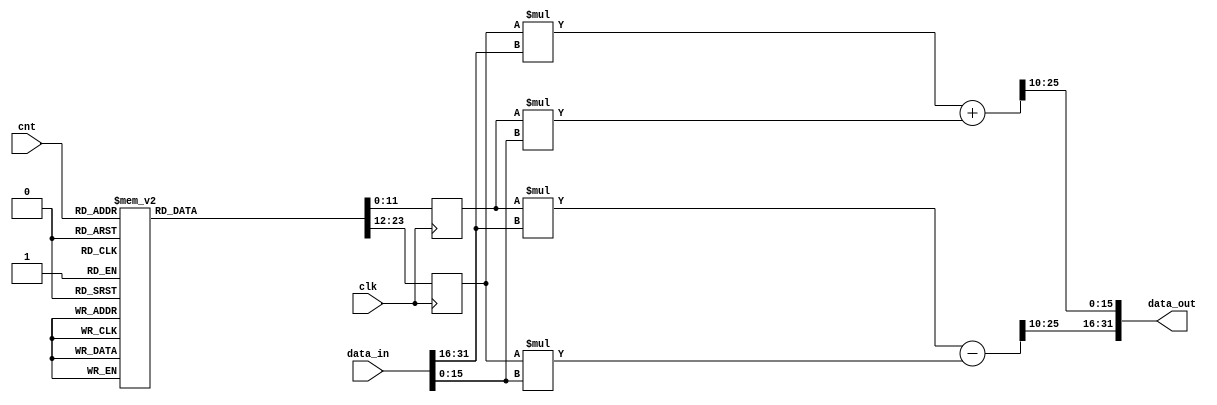
module MULT #(
    parameter BW = 32
)
(
    input clk,
    input[7:0] cnt,
    input signed[BW-1:0] data_in,//(9:4)
    output signed[BW-1:0] data_out//(9:4)
);
    parameter H= BW/2;
    wire signed [H-1:0] data_in_re;
    wire signed [H-1:0] data_in_im;
    wire signed [H-1:0] data_out_re;
    wire signed [H-1:0] data_out_im;

    assign data_in_re = $signed(data_in[BW-1:H]);
    assign data_in_im = $signed(data_in[H-1:0]);

    parameter signed W_re0=12'b010000000000;
    parameter signed W_re1=12'b001111111011;
    parameter signed W_re2=12'b001111101100;
    parameter signed W_re3=12'b001111010011;
    parameter signed W_re4=12'b001110110010;
    parameter signed W_re5=12'b001110000111;
    parameter signed W_re6=12'b001101010011;
    parameter signed W_re7=12'b001100010111;
    parameter signed W_re8=12'b001011010100;
    parameter signed W_re9=12'b001010001001;
    parameter signed W_re10=12'b001000111000;
    parameter signed W_re11=12'b000111100010;
    parameter signed W_re12=12'b000110000111;
    parameter signed W_re13=12'b000100101001;
    parameter signed W_re14=12'b000011000111;
    parameter signed W_re15=12'b000001100100;
    parameter signed W_re16=12'b000000000000;
    parameter signed W_re17=12'b111110011011;
    parameter signed W_re18=12'b111100111000;
    parameter signed W_re19=12'b111011010110;
    parameter signed W_re20=12'b111001111000;
    parameter signed W_re21=12'b111000011101;
    parameter signed W_re22=12'b110111000111;
    parameter signed W_re23=12'b110101110110;
    parameter signed W_re24=12'b110100101011;
    parameter signed W_re25=12'b110011101000;
    parameter signed W_re26=12'b110010101100;
    parameter signed W_re27=12'b110001111000;
    parameter signed W_re28=12'b110001001101;
    parameter signed W_re29=12'b110000101100;
    parameter signed W_re30=12'b110000010011;
    parameter signed W_re31=12'b110000000100;
    
    parameter signed W_im0=12'b000000000000;
    parameter signed W_im1=12'b111110011011;
    parameter signed W_im2=12'b111100111000;
    parameter signed W_im3=12'b111011010110;
    parameter signed W_im4=12'b111001111000;
    parameter signed W_im5=12'b111000011101;
    parameter signed W_im6=12'b110111000111;
    parameter signed W_im7=12'b110101110110;
    parameter signed W_im8=12'b110100101011;
    parameter signed W_im9=12'b110011101000;
    parameter signed W_im10=12'b110010101100;
    parameter signed W_im11=12'b110001111000;
    parameter signed W_im12=12'b110001001101;
    parameter signed W_im13=12'b110000101100;
    parameter signed W_im14=12'b110000010011;
    parameter signed W_im15=12'b110000000100;
    parameter signed W_im16=12'b110000000000;
    parameter signed W_im17=12'b110000000100;
    parameter signed W_im18=12'b110000010011;
    parameter signed W_im19=12'b110000101100;
    parameter signed W_im20=12'b110001001101;
    parameter signed W_im21=12'b110001111000;
    parameter signed W_im22=12'b110010101100;
    parameter signed W_im23=12'b110011101000;
    parameter signed W_im24=12'b110100101011;
    parameter signed W_im25=12'b110101110110;
    parameter signed W_im26=12'b110111000111;
    parameter signed W_im27=12'b111000011101;
    parameter signed W_im28=12'b111001111000;
    parameter signed W_im29=12'b111011010110;
    parameter signed W_im30=12'b111100111000;
    parameter signed W_im31=12'b111110011011;
    reg signed [11:0] temp_re; //[10:0]
    reg signed [11:0] temp_im; //[10:0]
    wire signed [BW+12:0] buf_re; //[23:0]
    wire signed [BW+12:0] buf_im; //[23:0]
    always @(posedge clk) begin
        case (cnt)
            8'd64 : begin                //stage1 start
                    temp_re <= W_re0;
                    temp_im <= W_im0;
                    end   
            8'd65 : begin
                    temp_re <= W_re3;
                    temp_im <= W_im3;
                    end   
            8'd66 : begin
                    temp_re <= W_re5;
                    temp_im <= W_im5;
                    end
            8'd67 : begin
                    temp_re <= W_re6;
                    temp_im <= W_im6;
                    end
            8'd68 : begin
                    temp_re <= W_re9;
                    temp_im <= W_im9;
                    end   
            8'd69 : begin
                    temp_re <= W_re10;
                    temp_im <= W_im10;
                    end   
            8'd70 : begin
                    temp_re <= W_re12;
                    temp_im <= W_im12;
                    end
            8'd71 : begin
                    temp_re <= W_re15;
                    temp_im <= W_im15;
                    end
            8'd72 : begin
                    temp_re <= W_re17;
                    temp_im <= W_im17;
                    end   
            8'd73 : begin
                    temp_re <= W_re18;
                    temp_im <= W_im18;
                    end   
            8'd74 : begin
                    temp_re <= W_re20;
                    temp_im <= W_im20;
                    end
            8'd75 : begin
                    temp_re <= W_re23;
                    temp_im <= W_im23;
                    end
            8'd76 : begin
                    temp_re <= W_re24;
                    temp_im <= W_im24;
                    end   
            8'd77 : begin
                    temp_re <= W_re27;
                    temp_im <= W_im27;
                    end   
            8'd78 : begin
                    temp_re <= W_re29;
                    temp_im <= W_im29;
                    end
            8'd79 : begin
                    temp_re <= W_re30;
                    temp_im <= W_im30;
                    end
            8'd80 : begin
                    temp_re <= W_re1;
                    temp_im <= W_im1;
                    end   
            8'd81 : begin
                    temp_re <= W_re2;
                    temp_im <= W_im2;
                    end   
            8'd82 : begin
                    temp_re <= W_re4;
                    temp_im <= W_im4;
                    end
            8'd83 : begin
                    temp_re <= W_re7;
                    temp_im <= W_im7;
                    end
            8'd84 : begin
                    temp_re <= W_re8;
                    temp_im <= W_im8;
                    end   
            8'd85 : begin
                    temp_re <= W_re11;
                    temp_im <= W_im11;
                    end   
            8'd86 : begin
                    temp_re <= W_re13;
                    temp_im <= W_im13;
                    end
            8'd87 : begin
                    temp_re <= W_re14;
                    temp_im <= W_im14;
                    end
            8'd88 : begin
                    temp_re <= W_re16;
                    temp_im <= W_im16;
                    end   
            8'd89 : begin
                    temp_re <= W_re19;
                    temp_im <= W_im19;
                    end   
            8'd90 : begin
                    temp_re <= W_re21;
                    temp_im <= W_im21;
                    end
            8'd91 : begin
                    temp_re <= W_re22;
                    temp_im <= W_im22;
                    end
            8'd92 : begin
                    temp_re <= W_re25;
                    temp_im <= W_im25;
                    end   
            8'd93 : begin
                    temp_re <= W_re26;
                    temp_im <= W_im26;
                    end   
            8'd94 : begin
                    temp_re <= W_re28;
                    temp_im <= W_im28;
                    end
            8'd95 : begin
                    temp_re <= W_re31;
                    temp_im <= W_im31;
                    end
            8'd96 : begin                //stage2 start
                    temp_re <= W_re0;
                    temp_im <= W_im0;
                    end   
            8'd97 : begin
                    temp_re <= W_re6;
                    temp_im <= W_im6;
                    end   
            8'd98 : begin
                    temp_re <= W_re10;
                    temp_im <= W_im10;
                    end
            8'd99 : begin
                    temp_re <= W_re12;
                    temp_im <= W_im12;
                    end
            8'd100 : begin
                    temp_re <= W_re18;
                    temp_im <= W_im18;
                    end   
            8'd101: begin
                    temp_re <= W_re20;
                    temp_im <= W_im20;
                    end   
            8'd102: begin
                    temp_re <= W_re24;
                    temp_im <= W_im24;
                    end
            8'd103: begin
                    temp_re <= W_re30;
                    temp_im <= W_im30;
                    end
            8'd104: begin
                    temp_re <= W_re2;
                    temp_im <= W_im2;
                    end   
            8'd105: begin
                    temp_re <= W_re4;
                    temp_im <= W_im4;
                    end   
            8'd106: begin
                    temp_re <= W_re8;
                    temp_im <= W_im8;
                    end
            8'd107: begin
                    temp_re <= W_re14;
                    temp_im <= W_im14;
                    end
            8'd108: begin
                    temp_re <= W_re16;
                    temp_im <= W_im16;
                    end   
            8'd109: begin
                    temp_re <= W_re22;
                    temp_im <= W_im22;
                    end   
            8'd110: begin
                    temp_re <= W_re26;
                    temp_im <= W_im26;
                    end
            8'd111: begin
                    temp_re <= W_re28;
                    temp_im <= W_im28;
                    end
            8'd112: begin
                    temp_re <= W_re2;
                    temp_im <= W_im2;
                    end   
            8'd113: begin
                    temp_re <= W_re4;
                    temp_im <= W_im4;
                    end   
            8'd114: begin
                    temp_re <= W_re8;
                    temp_im <= W_im8;
                    end
            8'd115: begin
                    temp_re <= W_re14;
                    temp_im <= W_im14;
                    end
            8'd116: begin
                    temp_re <= W_re16;
                    temp_im <= W_im16;
                    end   
            8'd117: begin
                    temp_re <= W_re22;
                    temp_im <= W_im22;
                    end   
            8'd118: begin
                    temp_re <= W_re26;
                    temp_im <= W_im26;
                    end
            8'd119: begin
                    temp_re <= W_re28;
                    temp_im <= W_im28;
                    end
            8'd120: begin
                    temp_re <= W_re0;
                    temp_im <= W_im0;
                    end   
            8'd121: begin
                    temp_re <= W_re6;
                    temp_im <= W_im6;
                    end   
            8'd122: begin
                    temp_re <= W_re10;
                    temp_im <= W_im10;
                    end
            8'd123: begin
                    temp_re <= W_re12;
                    temp_im <= W_im12;
                    end
            8'd124: begin
                    temp_re <= W_re18;
                    temp_im <= W_im18;
                    end   
            8'd125: begin
                    temp_re <= W_re20;
                    temp_im <= W_im20;
                    end   
            8'd126: begin
                    temp_re <= W_re24;
                    temp_im <= W_im24;
                    end
            8'd127: begin
                    temp_re <= W_re30;
                    temp_im <= W_im30;
                    end
            8'd128 : begin                //stage3 start
                    temp_re <= W_re0;
                    temp_im <= W_im0;
                    end   
            8'd129 : begin
                    temp_re <= W_re12;
                    temp_im <= W_im12;
                    end   
            8'd130 : begin
                    temp_re <= W_re20;
                    temp_im <= W_im20;
                    end
            8'd131 : begin
                    temp_re <= W_re24;
                    temp_im <= W_im24;
                    end
            8'd132 : begin
                    temp_re <= W_re4;
                    temp_im <= W_im4;
                    end   
            8'd133: begin
                    temp_re <= W_re8;
                    temp_im <= W_im8;
                    end   
            8'd134: begin
                    temp_re <= W_re16;
                    temp_im <= W_im16;
                    end
            8'd135: begin
                    temp_re <= W_re28;
                    temp_im <= W_im28;
                    end
            8'd136: begin
                    temp_re <= W_re4;
                    temp_im <= W_im4;
                    end   
            8'd137: begin
                    temp_re <= W_re8;
                    temp_im <= W_im8;
                    end   
            8'd138: begin
                    temp_re <= W_re16;
                    temp_im <= W_im16;
                    end
            8'd139: begin
                    temp_re <= W_re28;
                    temp_im <= W_im28;
                    end
            8'd140: begin
                    temp_re <= W_re0;
                    temp_im <= W_im0;
                    end   
            8'd141: begin
                    temp_re <= W_re12;
                    temp_im <= W_im12;
                    end   
            8'd142: begin
                    temp_re <= W_re20;
                    temp_im <= W_im20;
                    end
            8'd143: begin
                    temp_re <= W_re24;
                    temp_im <= W_im24;
                    end
            8'd144: begin
                    temp_re <= W_re4;
                    temp_im <= W_im4;
                    end   
            8'd145: begin
                    temp_re <= W_re8;
                    temp_im <= W_im8;
                    end   
            8'd146: begin
                    temp_re <= W_re16;
                    temp_im <= W_im16;
                    end
            8'd147: begin
                    temp_re <= W_re28;
                    temp_im <= W_im28;
                    end
            8'd148: begin
                    temp_re <= W_re0;
                    temp_im <= W_im0;
                    end   
            8'd149: begin
                    temp_re <= W_re12;
                    temp_im <= W_im12;
                    end   
            8'd150: begin
                    temp_re <= W_re20;
                    temp_im <= W_im20;
                    end
            8'd151: begin
                    temp_re <= W_re24;
                    temp_im <= W_im24;
                    end
            8'd152: begin
                    temp_re <= W_re0;
                    temp_im <= W_im0;
                    end   
            8'd153: begin
                    temp_re <= W_re12;
                    temp_im <= W_im12;
                    end   
            8'd154: begin
                    temp_re <= W_re20;
                    temp_im <= W_im20;
                    end
            8'd155: begin
                    temp_re <= W_re24;
                    temp_im <= W_im24;
                    end
            8'd156: begin
                    temp_re <= W_re4;
                    temp_im <= W_im4;
                    end   
            8'd157: begin
                    temp_re <= W_re8;
                    temp_im <= W_im8;
                    end   
            8'd158: begin
                    temp_re <= W_re16;
                    temp_im <= W_im16;
                    end
            8'd159: begin
                    temp_re <= W_re28;
                    temp_im <= W_im28;
                    end 
            8'd160 : begin                //stage4 start
                    temp_re <= W_re0;
                    temp_im <= W_im0;
                    end   
            8'd161 : begin
                    temp_re <= W_re24;
                    temp_im <= W_im24;
                    end   
            8'd162 : begin
                    temp_re <= W_re8;
                    temp_im <= W_im8;
                    end
            8'd163 : begin
                    temp_re <= W_re16;
                    temp_im <= W_im16;
                    end
            8'd164 : begin
                    temp_re <= W_re8;
                    temp_im <= W_im8;
                    end   
            8'd165: begin
                    temp_re <= W_re16;
                    temp_im <= W_im16;
                    end   
            8'd166: begin
                    temp_re <= W_re0;
                    temp_im <= W_im0;
                    end
            8'd167: begin
                    temp_re <= W_re24;
                    temp_im <= W_im24;
                    end
            8'd168: begin
                    temp_re <= W_re8;
                    temp_im <= W_im8;
                    end   
            8'd169: begin
                    temp_re <= W_re16;
                    temp_im <= W_im16;
                    end   
            8'd170: begin
                    temp_re <= W_re0;
                    temp_im <= W_im0;
                    end
            8'd171: begin
                    temp_re <= W_re24;
                    temp_im <= W_im24;
                    end
            8'd172: begin
                    temp_re <= W_re0;
                    temp_im <= W_im0;
                    end   
            8'd173: begin
                    temp_re <= W_re24;
                    temp_im <= W_im24;
                    end   
            8'd174: begin
                    temp_re <= W_re8;
                    temp_im <= W_im8;
                    end
            8'd175: begin
                    temp_re <= W_re16;
                    temp_im <= W_im16;
                    end
            8'd176: begin
                    temp_re <= W_re8;
                    temp_im <= W_im8;
                    end   
            8'd177: begin
                    temp_re <= W_re16;
                    temp_im <= W_im16;
                    end   
            8'd178: begin
                    temp_re <= W_re0;
                    temp_im <= W_im0;
                    end
            8'd179: begin
                    temp_re <= W_re24;
                    temp_im <= W_im24;
                    end
            8'd180: begin
                    temp_re <= W_re0;
                    temp_im <= W_im0;
                    end   
            8'd181: begin
                    temp_re <= W_re24;
                    temp_im <= W_im24;
                    end   
            8'd182: begin
                    temp_re <= W_re8;
                    temp_im <= W_im8;
                    end
            8'd183: begin
                    temp_re <= W_re16;
                    temp_im <= W_im16;
                    end
            8'd184: begin
                    temp_re <= W_re0;
                    temp_im <= W_im0;
                    end   
            8'd185: begin
                    temp_re <= W_re24;
                    temp_im <= W_im24;
                    end   
            8'd186: begin
                    temp_re <= W_re8;
                    temp_im <= W_im8;
                    end
            8'd187: begin
                    temp_re <= W_re16;
                    temp_im <= W_im16;
                    end
            8'd188: begin
                    temp_re <= W_re8;
                    temp_im <= W_im8;
                    end   
            8'd189: begin
                    temp_re <= W_re16;
                    temp_im <= W_im16;
                    end   
            8'd190: begin
                    temp_re <= W_re0;
                    temp_im <= W_im0;
                    end
            8'd191: begin
                    temp_re <= W_re24;
                    temp_im <= W_im24;
                    end 
            8'd192 : begin                //stage5 start
                    temp_re <= W_re0;
                    temp_im <= W_im0;
                    end   
            8'd193 : begin
                    temp_re <= W_re16;
                    temp_im <= W_im16;
                    end   
            8'd194 : begin
                    temp_re <= W_re16;
                    temp_im <= W_im16;
                    end
            8'd195 : begin
                    temp_re <= W_re0;
                    temp_im <= W_im0;
                    end
            8'd196 : begin
                    temp_re <= W_re16;
                    temp_im <= W_im16;
                    end   
            8'd197: begin
                    temp_re <= W_re0;
                    temp_im <= W_im0;
                    end   
            8'd198: begin
                    temp_re <= W_re0;
                    temp_im <= W_im0;
                    end
            8'd199: begin
                    temp_re <= W_re16;
                    temp_im <= W_im16;
                    end
            8'd200: begin
                    temp_re <= W_re16;
                    temp_im <= W_im16;
                    end   
            8'd201: begin
                    temp_re <= W_re0;
                    temp_im <= W_im0;
                    end   
            8'd202: begin
                    temp_re <= W_re0;
                    temp_im <= W_im0;
                    end
            8'd203: begin
                    temp_re <= W_re16;
                    temp_im <= W_im16;
                    end
            8'd204: begin
                    temp_re <= W_re0;
                    temp_im <= W_im0;
                    end   
            8'd205: begin
                    temp_re <= W_re16;
                    temp_im <= W_im16;
                    end   
            8'd206: begin
                    temp_re <= W_re16;
                    temp_im <= W_im16;
                    end
            8'd207: begin
                    temp_re <= W_re0;
                    temp_im <= W_im0;
                    end
            8'd208: begin
                    temp_re <= W_re16;
                    temp_im <= W_im16;
                    end   
            8'd209: begin
                    temp_re <= W_re0;
                    temp_im <= W_im0;
                    end   
            8'd210: begin
                    temp_re <= W_re0;
                    temp_im <= W_im0;
                    end
            8'd211: begin
                    temp_re <= W_re16;
                    temp_im <= W_im16;
                    end
            8'd212: begin
                    temp_re <= W_re0;
                    temp_im <= W_im0;
                    end   
            8'd213: begin
                    temp_re <= W_re16;
                    temp_im <= W_im16;
                    end   
            8'd214: begin
                    temp_re <= W_re16;
                    temp_im <= W_im16;
                    end
            8'd215: begin
                    temp_re <= W_re0;
                    temp_im <= W_im0;
                    end
            8'd216: begin
                    temp_re <= W_re0;
                    temp_im <= W_im0;
                    end   
            8'd217: begin
                    temp_re <= W_re16;
                    temp_im <= W_im16;
                    end   
            8'd218: begin
                    temp_re <= W_re16;
                    temp_im <= W_im16;
                    end
            8'd219: begin
                    temp_re <= W_re0;
                    temp_im <= W_im0;
                    end
            8'd220: begin
                    temp_re <= W_re16;
                    temp_im <= W_im16;
                    end   
            8'd221: begin
                    temp_re <= W_re0;
                    temp_im <= W_im0;
                    end   
            8'd222: begin
                    temp_re <= W_re0;
                    temp_im <= W_im0;
                    end
            8'd223: begin
                    temp_re <= W_re16;
                    temp_im <= W_im16;
                    end                                          
            default: begin                //stage6's twiddle factors are always 1 
                    temp_re <= W_re0;
                    temp_im <= W_im0;
            end
        endcase
    end
    
    assign buf_re = (temp_re*data_in_re)-(temp_im*data_in_im); // [24:0]
    assign buf_im = (temp_im*data_in_re)+(temp_re*data_in_im); // [24:0]
    
    assign data_out_re = $signed({buf_re[BW+12],buf_re[BW+8:10]});
    assign data_out_im = $signed({buf_im[BW+12],buf_im[BW+8:10]});
    assign data_out = $signed({data_out_re,data_out_im});

endmodule